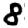
Digit: 8